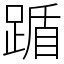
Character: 踲